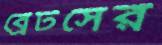
ব্রেটসের